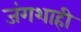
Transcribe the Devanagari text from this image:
जंगशाही